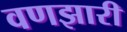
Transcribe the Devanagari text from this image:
वणझारी